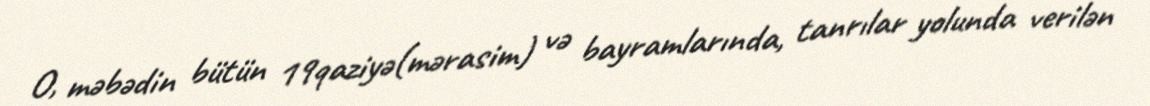
O, məbədin bütün 19qaziyə(mərasim) və bayramlarında, tanrılar yolunda verilən